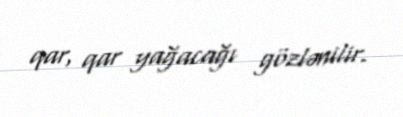
qar, qar yağacağı gözlənilir.